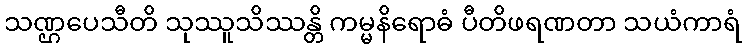
သဏ္ဌပေသီတိ သုဿူသိဿန္တိ ကမ္မနိရောဓံ ပီတိဖရဏတာ သယံကာရံ